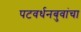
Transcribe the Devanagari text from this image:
पटवर्धनबुवांचा